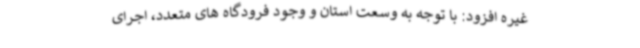
غیره افزود: با توجه به وسعت استان و وجود فرودگاه های متعدد، اجرای